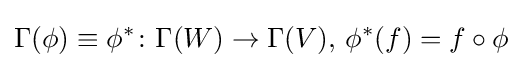
\Gamma (\phi )\equiv \phi ^{*}\colon \Gamma (W)\to \Gamma (V),\,\phi ^{*}(f)=f\circ \phi